Report on the working of the mental hospitals for Indians in Bihar and Orissa - 1925-1929
Year: 1925
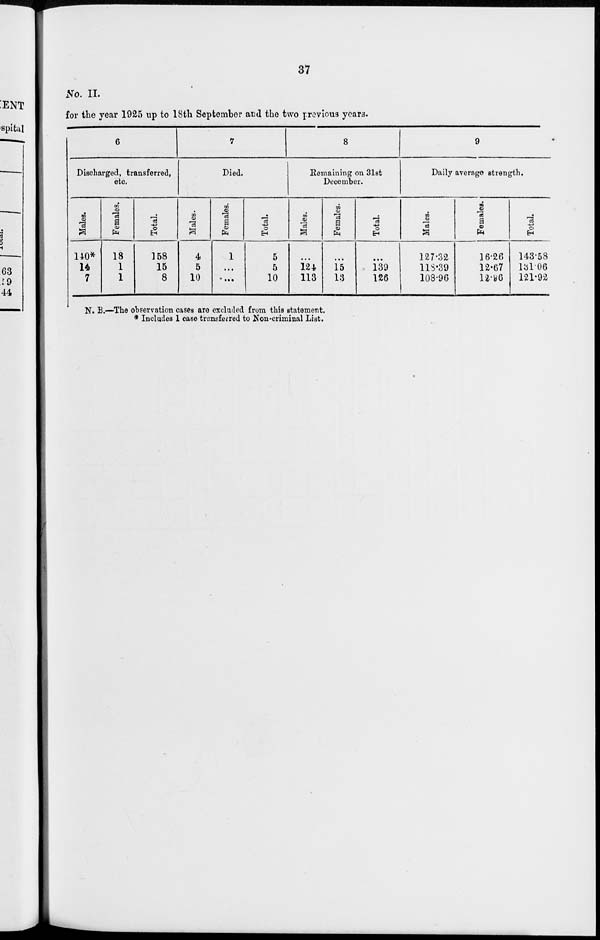
37
No. II.
for the year 1925 up to 18th September and the two previous years.
6
Discharged, transferred,
etc.
Males.
140*
14
7
Females.
18
1
1
Total.
158
15
8
7
Died.
Males.
4
5
10
Females.
1
...
...
Total.
5
5
10
8
Remaining on 31st
December.
Males.
...
124
113
Females.
...
15
13
Total.
...
139
126
9
Daily average strength.
Males.
127.32
118.39
108.96
Females.
16.26
12.67
12.96
Total.
143.58
131.06
121.92
N. B.—The observation cases are excluded from this statement.
* Includes 1 case transferred to Non-criminal List.